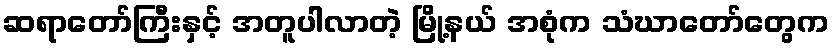
ဆရာတော်ကြီးနှင့် အတူပါလာတဲ့ မြို့နယ် အစုံက သံဃာတော်တွေက